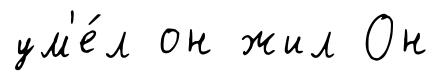
ум'е́л он жил Он